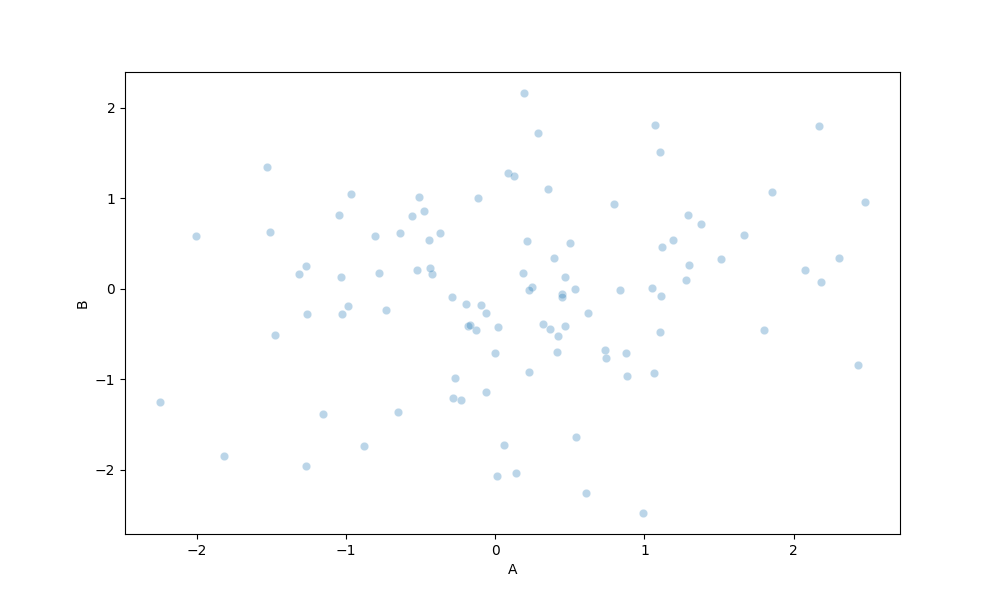
python, seaborn, scatterplot, hue='None', style='None', size='None', palette='muted', alpha=0.3